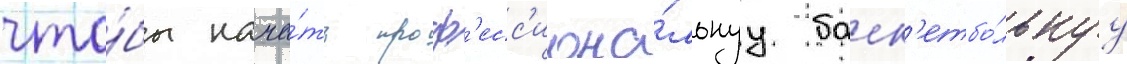
что́бы нача́ть проф'есс'иона́льнуу баск'етбо́льнуу